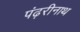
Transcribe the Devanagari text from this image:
पंढ़रीनाथ